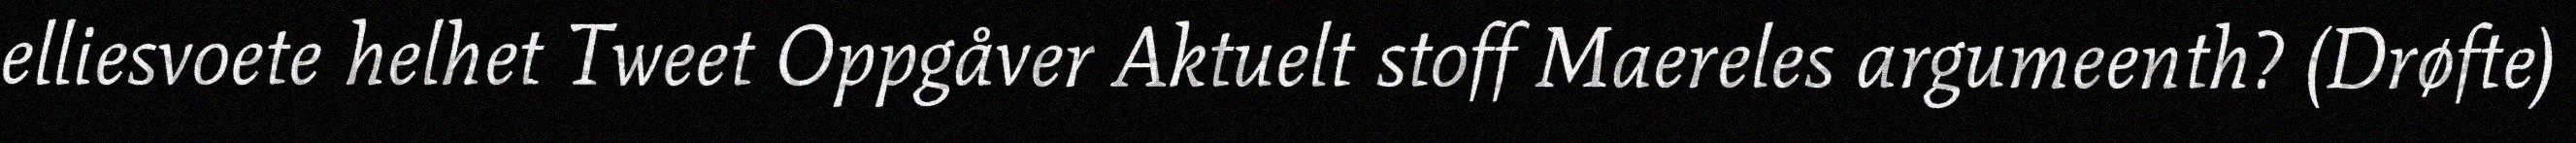
elliesvoete helhet Tweet Oppgåver Aktuelt stoff Maereles argumeenth? (Drøfte)